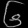
Digit: ၆